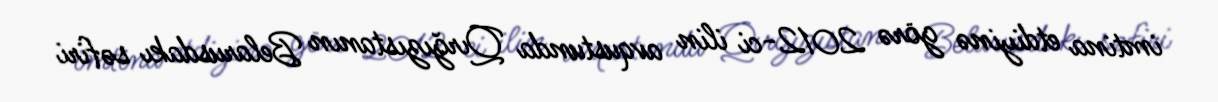
imtina etdiyinə görə 2012-ci ilin avqustunda Qırğızıstanın Belarusdakı səfiri